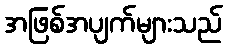
အဖြစ်အပျက်များသည်